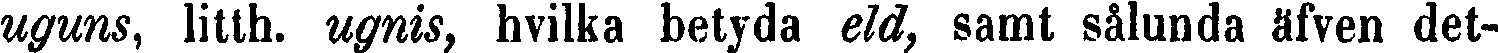
uguns, litth. ugnis, hvilka betyda eld, samt sålunda äfven det-